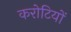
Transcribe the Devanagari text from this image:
करोटियों